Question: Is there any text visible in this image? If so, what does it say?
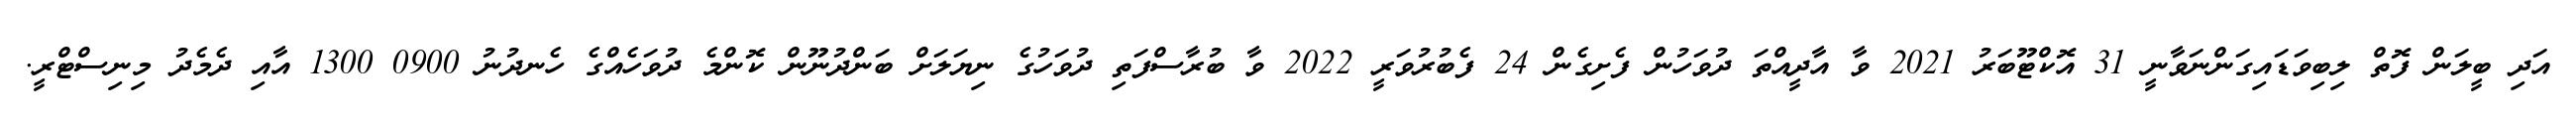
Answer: އަދި ބީލަން ފޮތް ލިބިވަޑައިގަންނަވާނީ 31 އޮކްޓޫބަރު 2021 ވާ އާދީއްތަ ދުވަހުން ފެށިގެން 24 ފެބުރުވަރީ 2022 ވާ ބުރާސްފަތި ދުވަހުގެ ނިޔަލަށް ބަންދުނޫން ކޮންމެ ދުވަހެއްގެ ހެނދުނު 0900 1300 އާއި ދެމެދު މިނިސްޓްރީ.